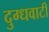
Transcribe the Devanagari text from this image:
दुग्धवाटी